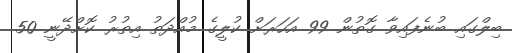
ބިލްގައި ބުނެފައިވާ ގޮތުން 99 އަހަރަށް ކުލީގެ މުއްދަތު އިތުރު ކޮށްދޭނީ 50